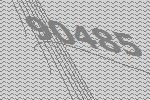
90485